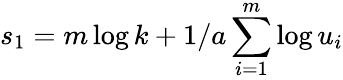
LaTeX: s_{1}=m\log k+1/a\sum_{i=1}^{m}\log u_{i}